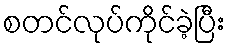
စတင်လုပ်ကိုင်ခဲ့ပြီး